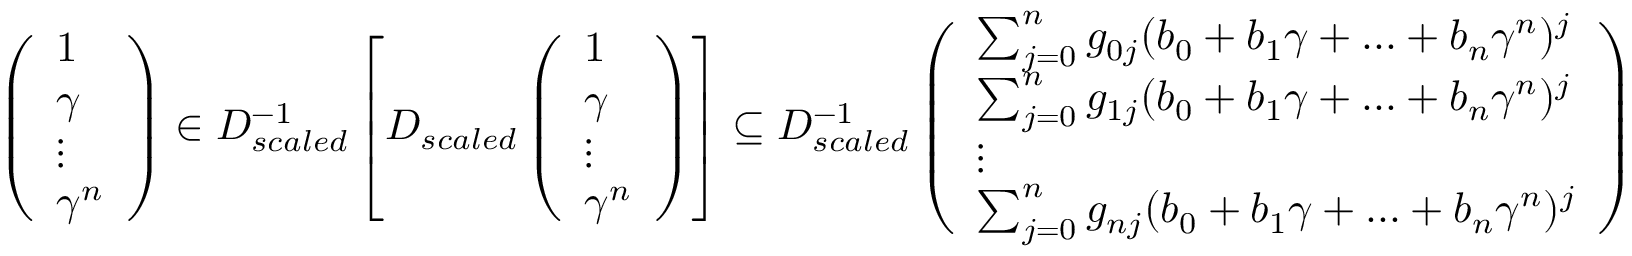
\begin{array} { r } { \left( \begin{array} { l } { 1 } \\ { \gamma } \\ { \vdots } \\ { \gamma ^ { n } } \end{array} \right) \in D _ { s c a l e d } ^ { - 1 } \left[ D _ { s c a l e d } \left( \begin{array} { l } { 1 } \\ { \gamma } \\ { \vdots } \\ { \gamma ^ { n } } \end{array} \right) \right] \subseteq D _ { s c a l e d } ^ { - 1 } \left( \begin{array} { l } { \sum _ { j = 0 } ^ { n } g _ { 0 j } ( b _ { 0 } + b _ { 1 } \gamma + . . . + b _ { n } \gamma ^ { n } ) ^ { j } } \\ { \sum _ { j = 0 } ^ { n } g _ { 1 j } ( b _ { 0 } + b _ { 1 } \gamma + . . . + b _ { n } \gamma ^ { n } ) ^ { j } } \\ { \vdots } \\ { \sum _ { j = 0 } ^ { n } g _ { n j } ( b _ { 0 } + b _ { 1 } \gamma + . . . + b _ { n } \gamma ^ { n } ) ^ { j } } \end{array} \right) } \end{array}